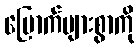
မြောက်များစွာကို